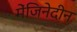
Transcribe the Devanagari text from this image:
मेंजिनेदीन